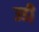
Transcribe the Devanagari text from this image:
उडी़